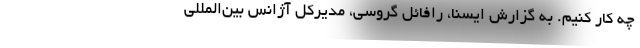
چه کار کنیم. به گزارش ایسنا، رافائل گروسی، مدیرکل آژانس‌ بین‌المللی